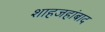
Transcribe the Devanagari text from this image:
शाहजहांबाद